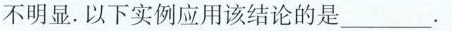
不明显。以下实例应用该结论的是__________。